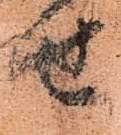
せ